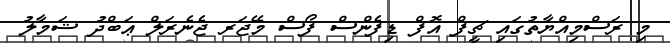
މި ރަސްމިއްޔާތުގައި ޗީފް އޮފް ޑިފެންސް ފޯސް މޭޖަރ ޖެނެރަލް ޢަބްދު ޝަމާލު